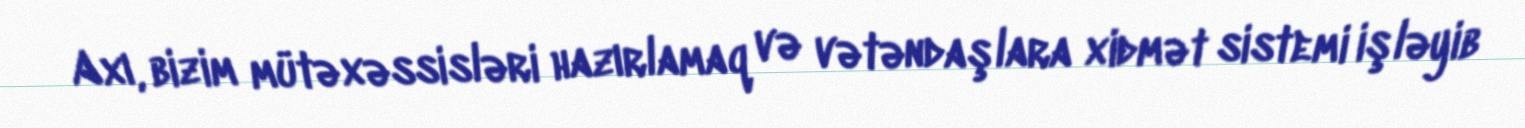
Axı, bizim mütəxəssisləri hazırlamaq və vətəndaşlara xidmət sistemi işləyib